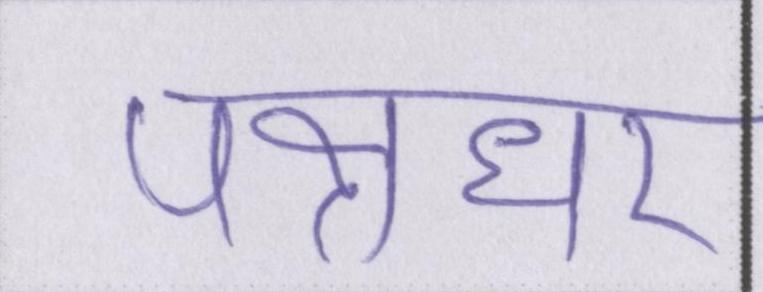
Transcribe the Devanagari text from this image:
पक्षधर